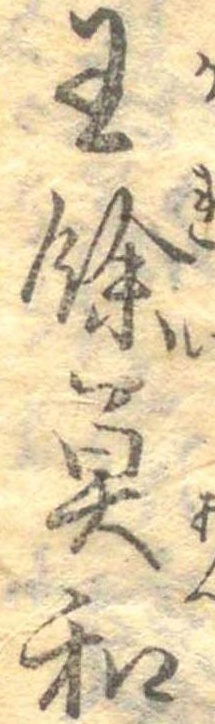
王余魚和